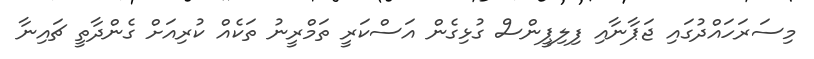
މިސަރަހައްދުގައި ޖަޕާނާއި ފިލިޕީންސް ގުޅިގެން އަސްކަރީ ތަމްރީނު ތަކެއް ކުރިއަށް ގެންދާތީ ޗައިނާ